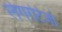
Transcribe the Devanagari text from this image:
लेगरटिजो